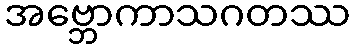
အဗ္ဘောကာသဂတဿ